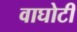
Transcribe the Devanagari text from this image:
वाघोटी